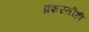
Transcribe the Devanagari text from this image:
प्रशस्तीही